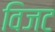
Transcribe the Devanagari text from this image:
विजट